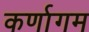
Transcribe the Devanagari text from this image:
कर्णागम